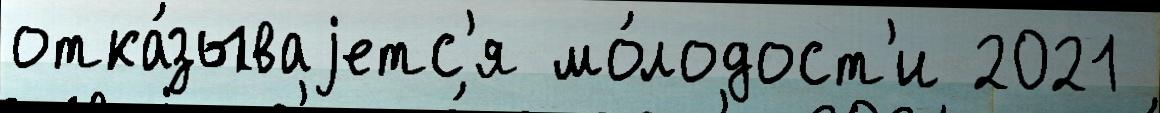
отка́зываjетс'я мо́лодост'и 2021